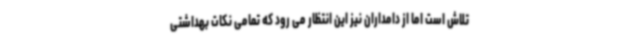
تلاش است اما از دامداران نیز این انتظار می رود که تمامی نکات بهداشتی